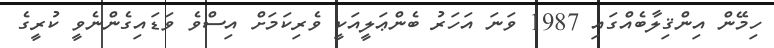
ހިމޭން އިންޤިލާބެއްގައި 1987 ވަނަ އަހަރު ބެންޢަލީއަކީ ވެރިކަމަށް އިސްވެ ވަޑައިގެންނެވީ ކުރީގެ